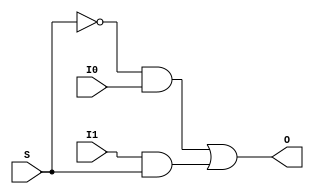
module mux1(I0,I1,S,O);
input I0,I1,S;
output O;
wire w1,w2,w3;
not n1(w1,S);
and a2(w2,w1,I0);
and a1(w3,I1,S);
or o1(O,w2,w3);
endmodule
module mux1_tb;
reg I0,I1,S;
wire O;
mux1 m1(I0,I1,S,O);
initial begin
    I0=0;I1=0;S=0;
    $monitor("Time=%0t, I0=%b, I1=%b, S=%b, Out=%b", $time,I0,I1,S,O);
    #10 I0=0;I1=0;S=1;
    #10 I0=0;I1=1;S=0;
    #10 I0=0;I1=1;S=1;
    #10 I0=1;I1=0;S=0;
    #10 I0=1;I1=0;S=1;
    #10 I0=1;I1=1;S=0;
    #10 I0=1;I1=1;S=1;
end
endmodule